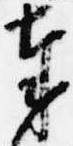
奉